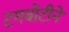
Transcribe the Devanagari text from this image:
टगबोटीने